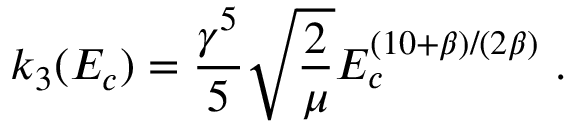
k _ { 3 } ( E _ { c } ) = \frac { \gamma ^ { 5 } } { 5 } \sqrt { \frac { 2 } { \mu } } E _ { c } ^ { ( 1 0 + \beta ) / ( 2 \beta ) } ~ .